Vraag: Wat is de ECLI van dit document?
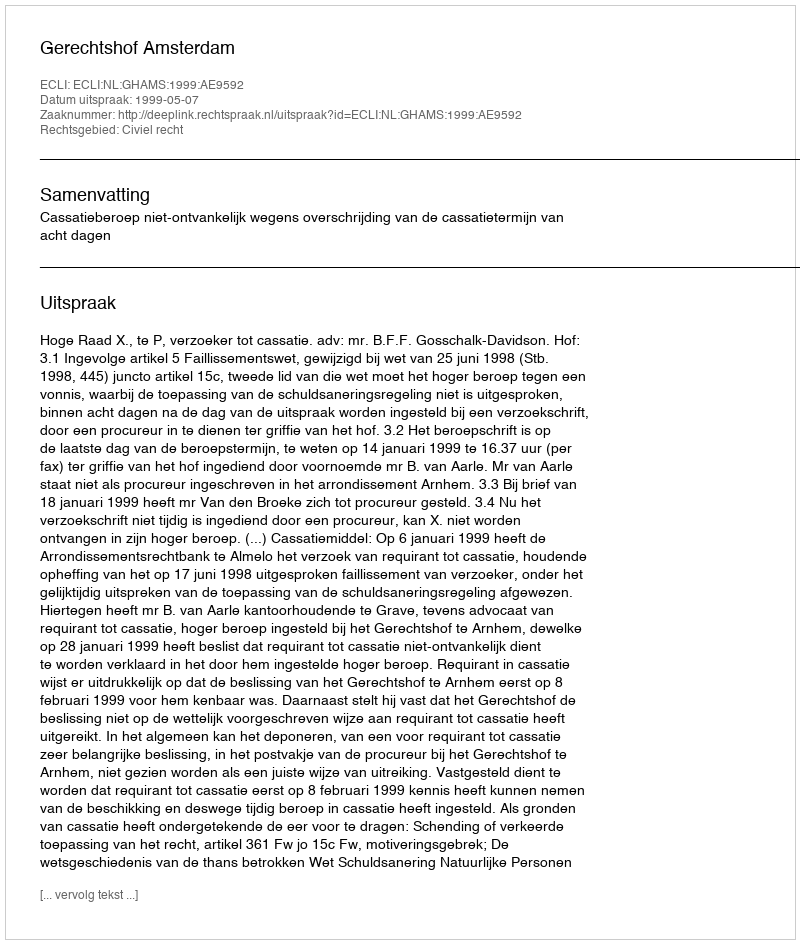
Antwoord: ECLI:NL:GHAMS:1999:AE9592